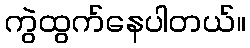
ကွဲထွက်နေပါတယ်။